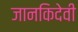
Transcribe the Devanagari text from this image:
जानकिदेवी